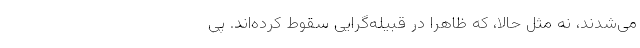
می‌شدند، نه مثل حالا، که ظاهراً در قبیله‌گرایی سقوط کرده‌اند. پی‌